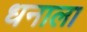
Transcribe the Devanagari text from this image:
धनाला